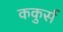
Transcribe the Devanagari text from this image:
ककुर्स